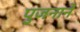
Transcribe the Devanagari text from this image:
पुजनाने